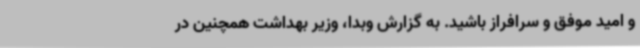
و امید موفق و سرافراز باشید. به گزارش وبدا، وزیر بهداشت همچنین در